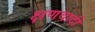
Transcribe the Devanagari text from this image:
क्षणवादी